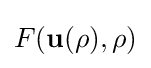
F(\mathbf {u(\rho ),\rho } )